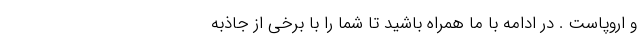
و اروپاست . در ادامه با ما همراه باشید تا شما را با برخی از جاذبه